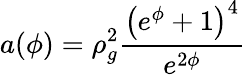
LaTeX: a(\phi)=\rho_{g}^{2}\frac{\left(e^{\phi}+1\right)^{4}}{e^{2\phi}}